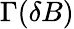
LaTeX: \Gamma(\delta B)